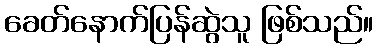
ခေတ်နောက်ပြန်ဆွဲသူ ဖြစ်သည်။